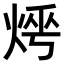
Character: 𤈰